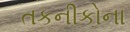
તકનીકોના